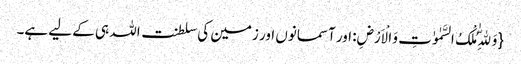
{وَ لِلّٰهِ مُلْکُ السَّمٰوٰتِ وَ الْاَرْضِ: اور آسمانوں اور زمین کی سلطنت اللہ ہی کے لیے ہے۔